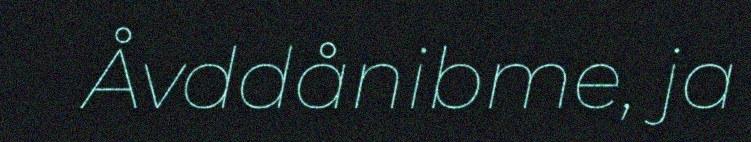
Åvddånibme, ja